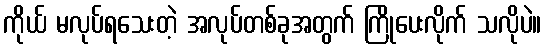
ကိုယ် မလုပ်ရသေးတဲ့ အလုပ်တစ်ခုအတွက် ကြိုပေးလိုက် သလိုပဲ။